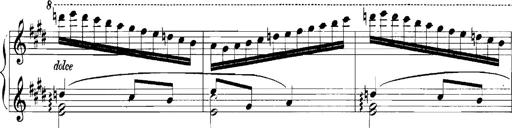
Title: Rhapsodies hongroises
Composer: Franz Liszt